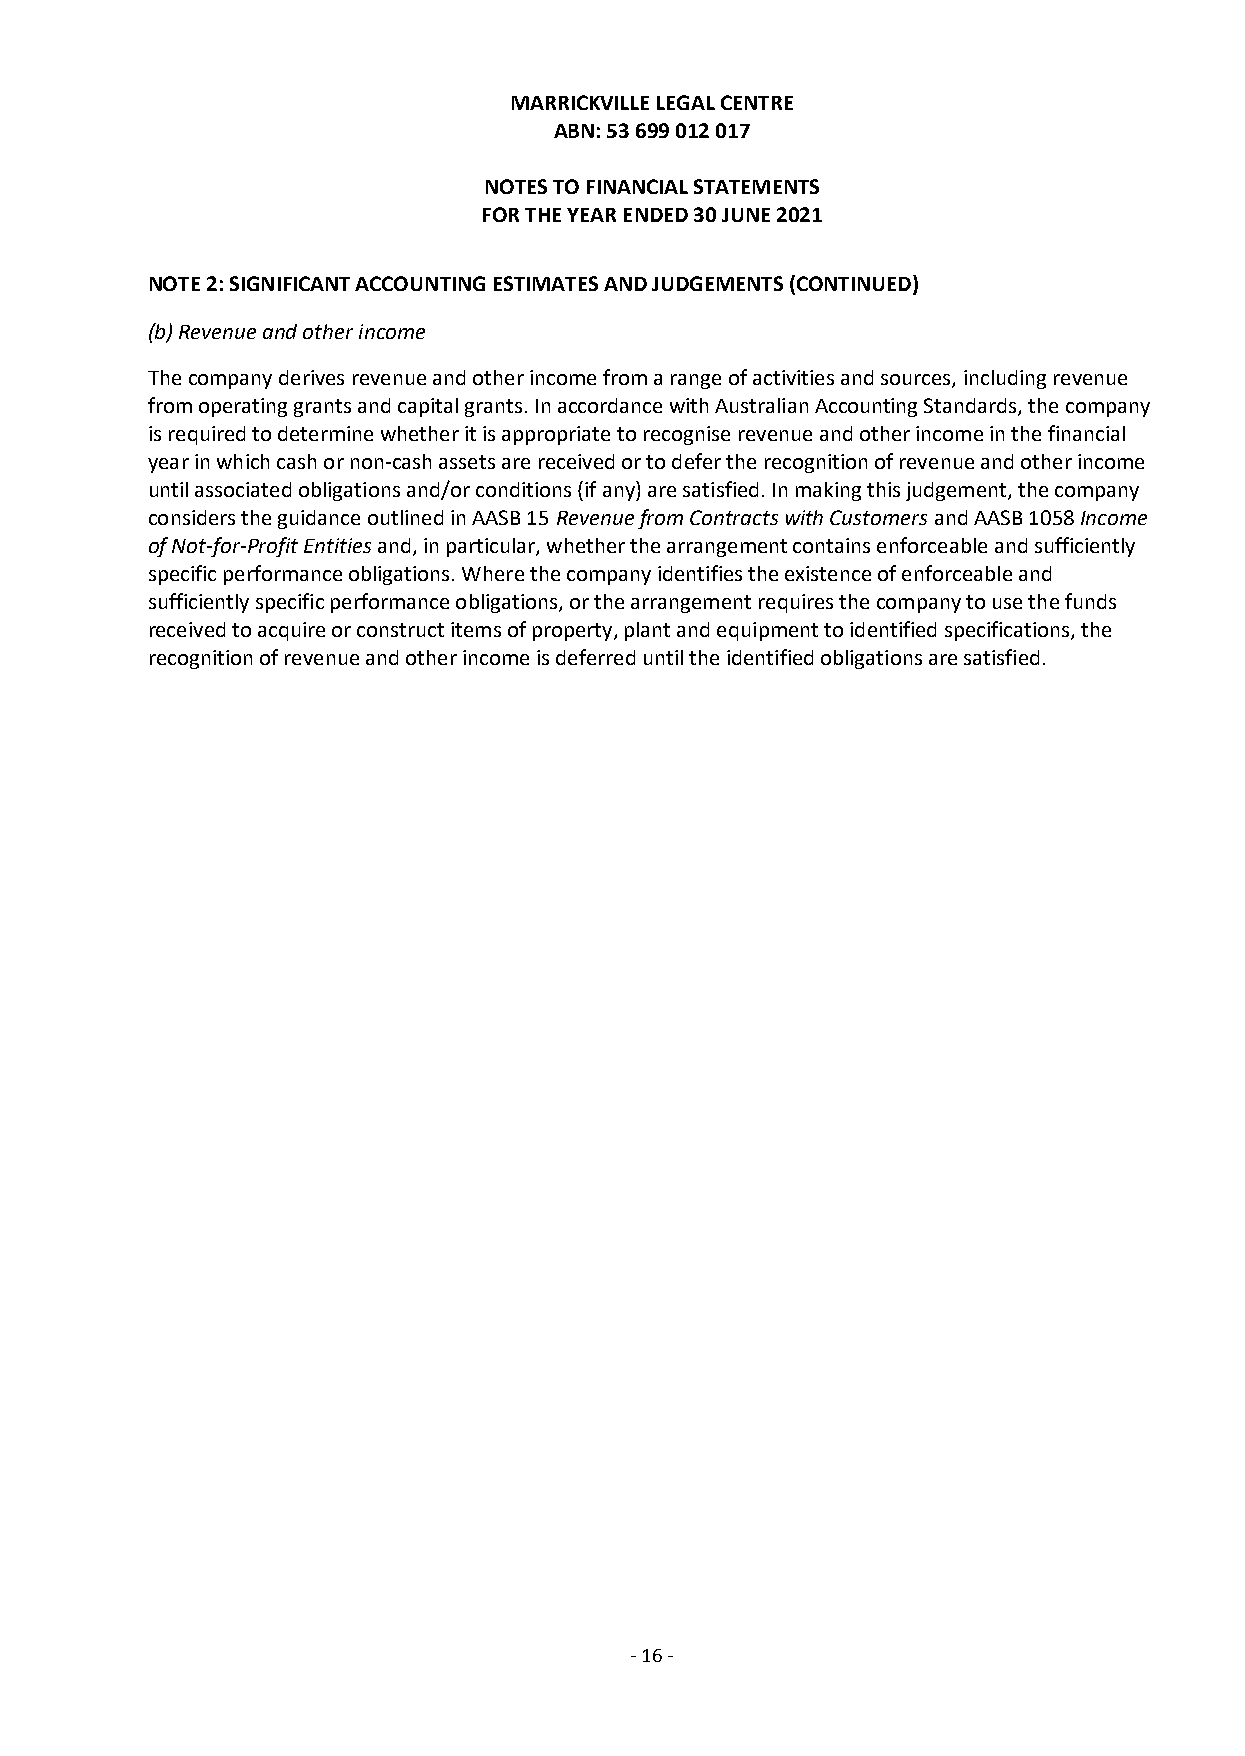
MARRICKVILLE LEGAL CENTRE
 ABN: 53 699 012 017
 NOTES TO FINANCIAL STATEMENTS
 FOR THE YEAR ENDED 30 JUNE 2021
 NOTE 2: SIGNIFICANT ACCOUNTING ESTIMATES AND JUDGEMENTS (CONTINUED)
 (b) Revenue and other income
 The company derives revenue and other income from a range of activities and sources, including revenue
 from operating grants and capital grants. In accordance with Australian Accounting Standards, the company
 is required to determine whether it is appropriate to recognise revenue and other income in the financial
 year in which cash or non-cash assets are received or to defer the recognition of revenue and other income
 until associated obligations and/or conditions (if any) are satisfied. In making this judgement, the company
 considers the guidance outlined in AASB 15 Revenue from Contracts with Customers and AASB 1058 Income
 of Not-for-Profit Entities and, in particular, whether the arrangement contains enforceable and sufficiently
 specific performance obligations. Where the company identifies the existence of enforceable and
 sufficiently specific performance obligations, or the arrangement requires the company to use the funds
 received to acquire or construct items of property, plant and equipment to identified specifications, the
 recognition of revenue and other income is deferred until the identified obligations are satisfied.
 - 16 -